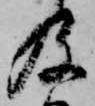
及